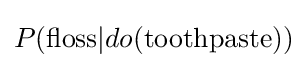
P(\mathrm {floss} |do(\mathrm {toothpaste} ))